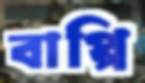
বাপ্পি